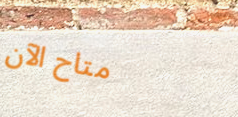
متاح الآن